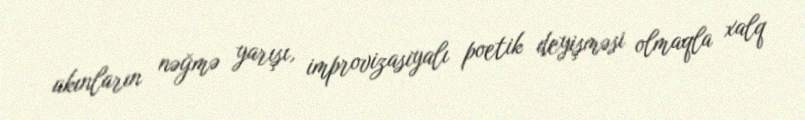
akınların nəğmə yarışı, improvizasiyalı poetik deyişməsi olmaqla xalq